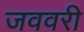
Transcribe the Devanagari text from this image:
जववरी